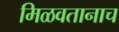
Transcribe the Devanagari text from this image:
मिळवतानाच